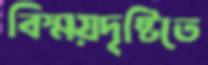
বিস্ময়দৃষ্টিতে